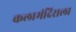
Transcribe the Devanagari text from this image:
कलामंदिराला